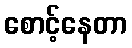
စောင့်နေတာ